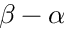
\beta - \alpha